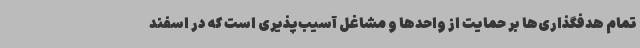
تمام هدفگذاری‌ها بر حمایت از واحدها و مشاغل آسیب‌پذیری است که در اسفند